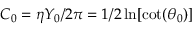
C _ { 0 } = \eta Y _ { 0 } / 2 \pi = 1 / 2 \ln [ \cot ( \theta _ { 0 } ) ]